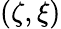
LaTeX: (\zeta,\xi)